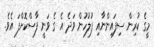
މީގެ ކުރިން ސިފައިންނާއި ފުލުހުން ވަދެ އެ ގެ ވަނީ ފާސްކޮށްފަ އެވެ.